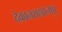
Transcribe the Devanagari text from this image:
देववनसहारनपुर